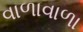
વાળાવાળા